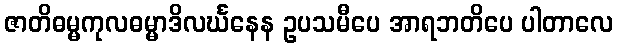
ဇာတိဓမ္မကုလဓမ္မာဒိလင်္ဃနေန ဥပသမီပေ အာရဘတိပေ ပါတာလေ